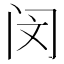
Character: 闵